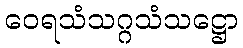
ဝေရသံသဂ္ဂသံသဋ္ဌော